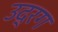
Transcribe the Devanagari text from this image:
उद्रग